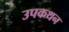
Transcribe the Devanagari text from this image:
उपकथन